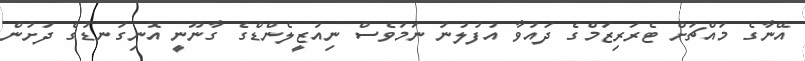
އޭނާގެ މައްޗަށް ޓެރަރިޒަމްގެ ދައުވާ އުފުލުނު ނަމަވެސް ނިއުޒީލެންޑްގެ ގާނޫނީ އޮނިގަނޑުގެ ދަށުން